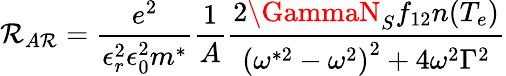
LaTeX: \mathcal{R}_{A\mathcal{R}}=\frac{{e^{2}}}{{\epsilon_{r}^{2}\epsilon_{0}^{2}m^{*}}}\frac{{1}}{{A}}\frac{{2\GammaN_{S}f_{12}n(T_{e})}}{{\left(\omega^{*2}-\omega^{2}\right)^{2}+4\omega^{2}\Gamma^{2}}}